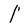
Character: 1